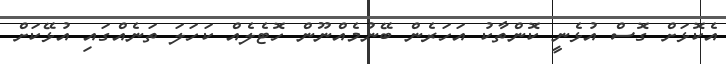
އެކޮޅަށް ގޮސް އުޅެނީ ކޮންތާކު އަހަރެން ބޭނުމެއްނޫން ހޮޓެލެއް ކަހަލަ ތަނެއްގައި އުޅޭކަށް